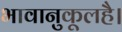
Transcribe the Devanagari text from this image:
भावानुकूलहै।